Civil Veterinary Dept. Assam report 1927-50 - 1927-1950
Year: 1927
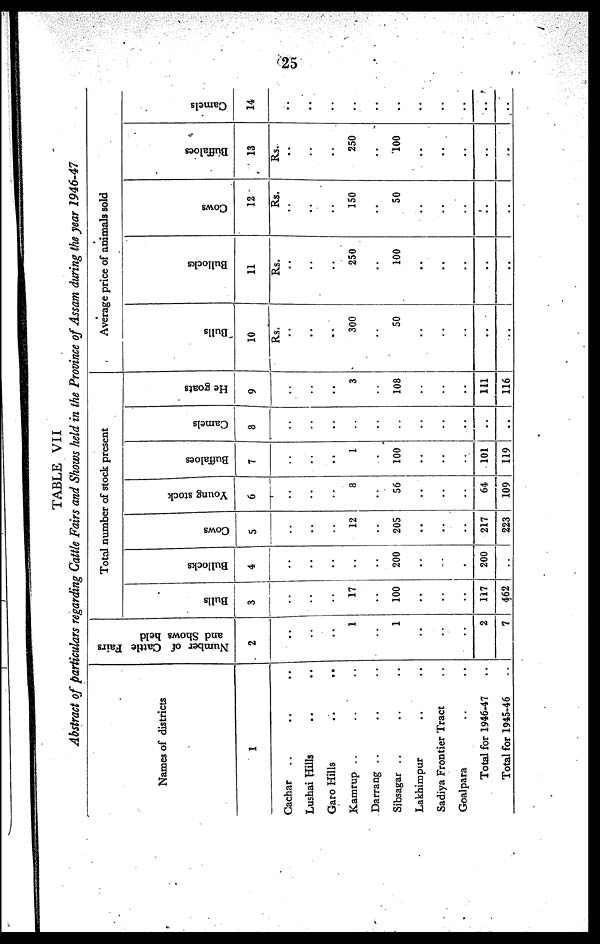
25
TABLE VII
Abstract of particulars regarding Cattle Fairs and Shows held in the Province of Assam during the year 1946-47
Names of districts
1
Cachar ... ... ...
Lushai Hills ... ... .
Garo Hills ... ...
Kamrup ... ... ...
Darrang ... ... ...
Sibsagar ... ... ...
Lakhimpur ... ...
Sadiya Frontier Tract ...
Goalpara ... ...
Total for 1946-47 ...
Total for 1945-46 ...
Number of Cattle Fairs
and Shows held
2
..
..
..
1
..
1
..
..
..
2
7
Total number of stock present
Bulls
3
..
..
..
17
..
100
....
..
....
117
462
Bullocks
4
..
..
..
..
..
200
..
..
..
200
..
Cows
5
..
..
..
12
..
205
..
..
..
217
223
Young stock
6
..
..
..
8
..
56
..
..
..
64
109
Buffaloes
7
..
..
..
1
..
100
..
..
..
101
119
Camels
8
..
..
..
..
..
...
..
..
..
..
..
He goats
9
..
..
..
3
..
108
..
..
..
111
116
Average price of animals sold
Bulls
10
Rs.
..
..
..
300
..
50
..
..
..
..
..
Bullocks
11
Rs.
..
..
..
250
..
100
..
..
..
..
..
Cows
12
Rs.
..
..
..
150
..
50
..
..
..
..
..
Buffaloes
13
Rs.
..
..
..
250
..
100
..
..
..
..
..
Camels
14
..
..
..
..
..
..
..
..
..
..
..